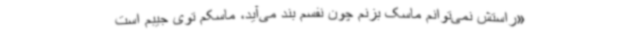
«راستش نمی‌توانم ماسک بزنم چون نفسم بند می‌آید، ماسکم توی جیبم است